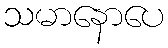
သမာနောပေ